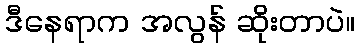
ဒီနေရာက အလွန် ဆိုးတာပဲ။